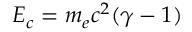
E _ { c } = m _ { e } c ^ { 2 } ( \gamma - 1 )